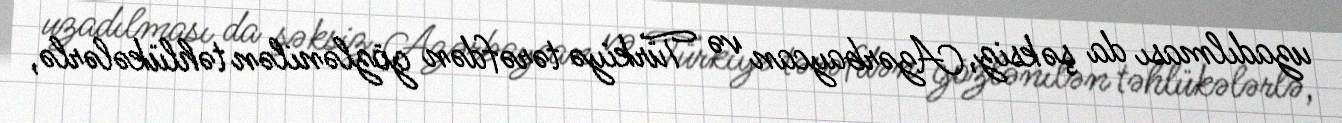
uzadılması da şəksiz, Azərbaycan və Türkiyə tərəfdən gözlənilən təhlükələrlə,